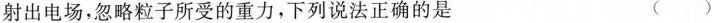
射出电场，忽略粒子所受的重力，下列说法正确的是 （）